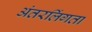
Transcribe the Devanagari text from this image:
अंतरलिंगता